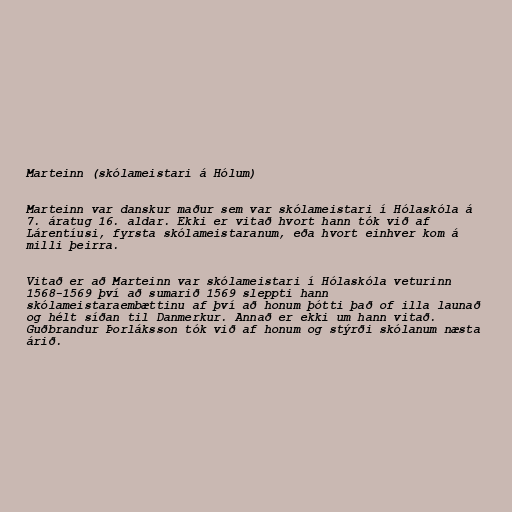
Marteinn (skólameistari á Hólum)

Marteinn var danskur maður sem var skólameistari í Hólaskóla á
7. áratug 16. aldar. Ekki er vitað hvort hann tók við af
Lárentíusi, fyrsta skólameistaranum, eða hvort einhver kom á
milli þeirra.

Vitað er að Marteinn var skólameistari í Hólaskóla veturinn
1568-1569 því að sumarið 1569 sleppti hann
skólameistaraembættinu af því að honum þótti það of illa launað
og hélt síðan til Danmerkur. Annað er ekki um hann vitað.
Guðbrandur Þorláksson tók við af honum og stýrði skólanum næsta
árið.